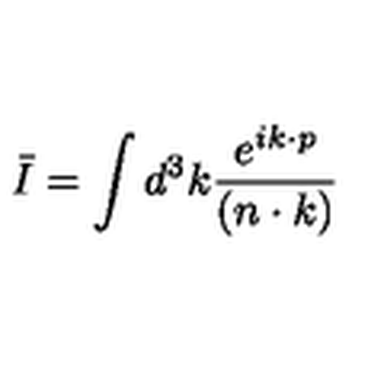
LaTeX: \bar { I } = \int d ^ { 3 } k { \frac { e ^ { i k \cdot p } } { ( n \cdot k ) } }